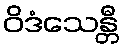
ဝိဒံသေန္တီ